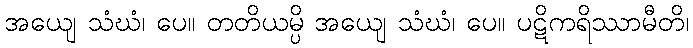
အယျေ သံဃံ၊ ပေ။ တတိယမ္ပိ အယျေ သံဃံ၊ ပေ။ ပဋိကရိဿာမီတိ၊